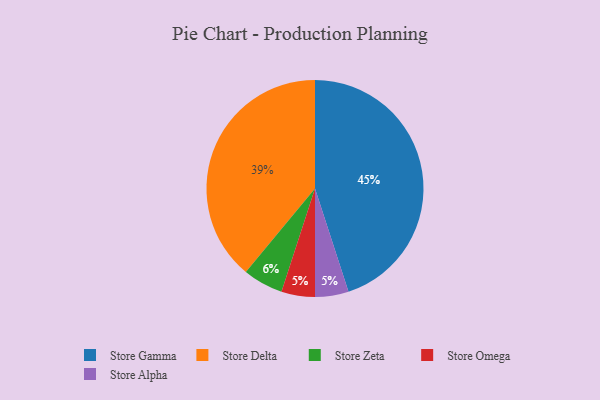
{"axis": {"x": "Category", "y": "Percentage"}, "legend": ["Store Alpha", "Store Delta", "Store Gamma", "Store Omega", "Store Zeta"], "data": [{"x": "Store Zeta", "y": 6, "type": "Store Zeta"}, {"x": "Store Omega", "y": 5, "type": "Store Omega"}, {"x": "Store Delta", "y": 39, "type": "Store Delta"}, {"x": "Store Gamma", "y": 45, "type": "Store Gamma"}, {"x": "Store Alpha", "y": 5, "type": "Store Alpha"}]}